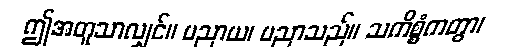
ဤအတူသာလျှင်။ ပညာယ၊ ပညာသည်။ သကိစ္စံကတွာ၊